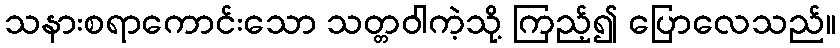
သနားစရာကောင်းသော သတ္တဝါကဲ့သို့ ကြည့်၍ ပြောလေသည်။